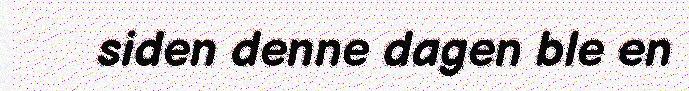
siden denne dagen ble en